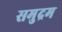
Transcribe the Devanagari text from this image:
समुद्रम